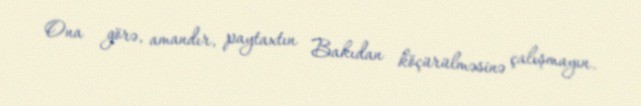
Ona görə, amandır, paytaxtın Bakıdan köçürülməsinə çalışmayın.